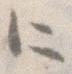
に